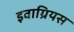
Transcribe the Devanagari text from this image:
इवाग्रियस